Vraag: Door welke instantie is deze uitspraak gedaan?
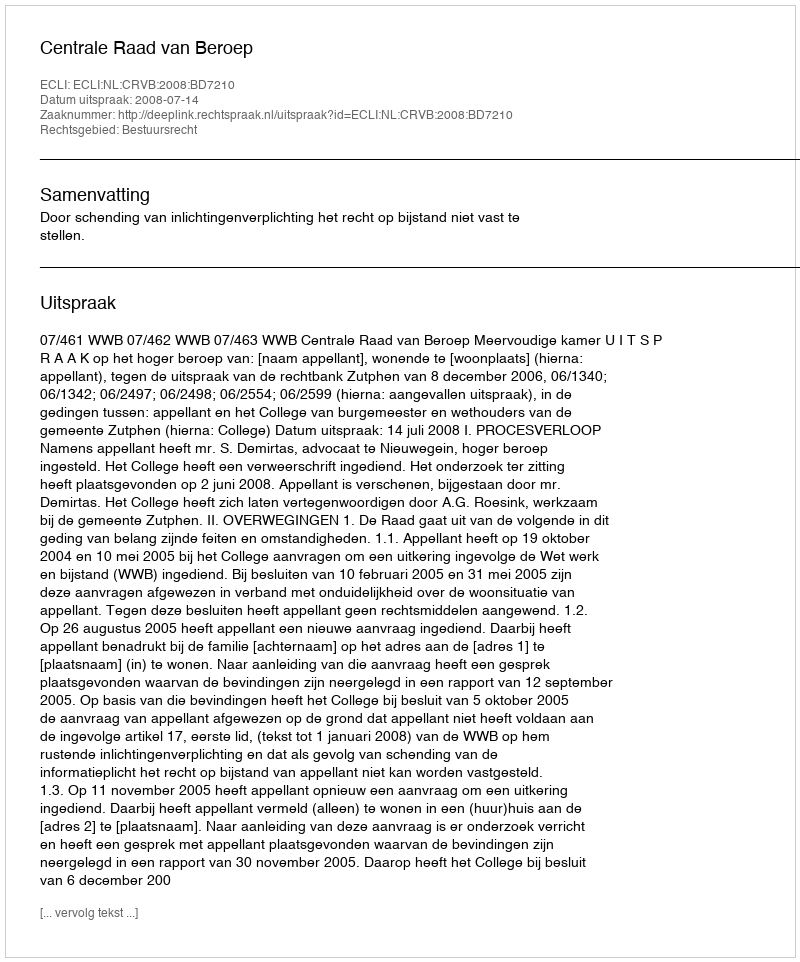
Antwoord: Centrale Raad van Beroep